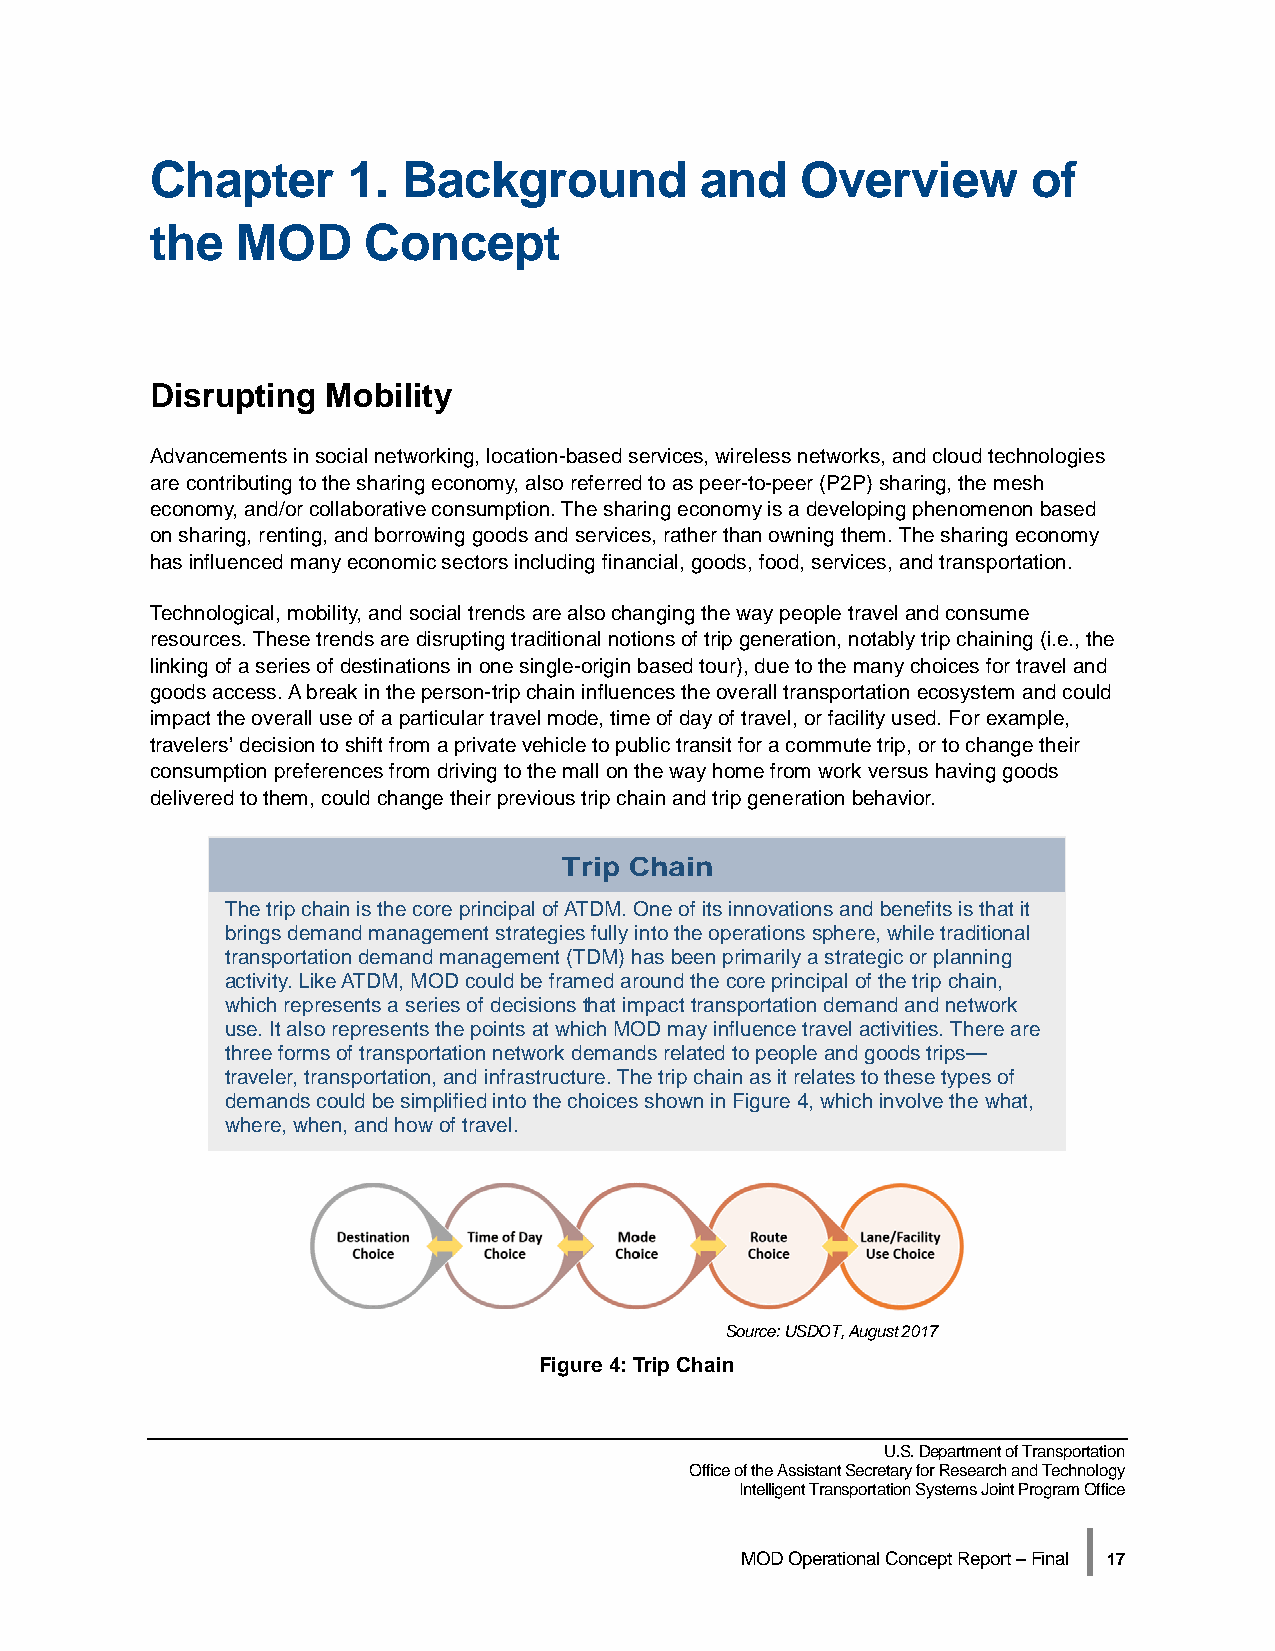
Chapter      1.  Background         and    Overview       of
 the   MOD     Concept
 Disrupting  Mobility
 Advancements in social networking, location-based services, wireless networks, and cloud technologies
 are contributing to the sharing economy, also referred to as peer-to-peer (P2P) sharing, the mesh
 economy, and/or collaborative consumption. The sharing economy is a developing phenomenon based
 on sharing, renting, and borrowing goods and services, rather than owning them. The sharing economy
 has influenced many economic sectors including financial, goods, food, services, and transportation.
 Technological, mobility, and social trends are also changing the way people travel and consume
 resources. These trends are disrupting traditional notions of trip generation, notably trip chaining (i.e., the
 linking of a series of destinations in one single-origin based tour), due to the many choices for travel and
 goods access. A break in the person-trip chain influences the overall transportation ecosystem and could
 impact the overall use of a particular travel mode, time of day of travel, or facility used. For example,
 travelers’ decision to shift from a private vehicle to public transit for a commute trip, or to change their
 consumption preferences from driving to the mall on the way home from work versus having goods
 delivered to them, could change their previous trip chain and trip generation behavior.
 Trip Chain
 The trip chain is the core principal of ATDM. One of its innovations and benefits is that it
 brings demand management strategies fully into the operations sphere, while traditional
 transportation demand management (TDM) has been primarily a strategic or planning
 activity. Like ATDM, MOD could be framed around the core principal of the trip chain,
 which represents a series of decisions that impact transportation demand and network
 use. It also represents the points at which MOD may influence travel activities. There are
 three forms of transportation network demands related to people and goods trips—
 traveler, transportation, and infrastructure. The trip chain as it relates to these types of
 demands could be simplified into the choices shown in Figure 4, which involve the what,
 where, when, and how of travel.
 Source: USDOT, August 2017
 Figure 4: Trip Chain
 U.S. Department of Transportation
 Office of the Assistant Secretary for Research and Technology
 Intelligent Transportation Systems Joint Program Office
 |
 MOD Operational Concept Report – Final 17